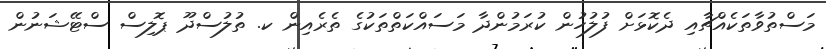
މަސްތުވާތަކެއްޗާއި ދެކޮޅަށް ފުލުހުން ކުރަމުންދާ މަސައްކަތްތަކުގެ ތެރެއިން ކ. ތުލުސްދޫ ޕޮލިސް ސްޓޭޝަނުން